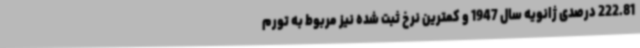
222.81 درصدی ژانویه سال 1947 و کمترین نرخ ثبت شده نیز مربوط به تورم